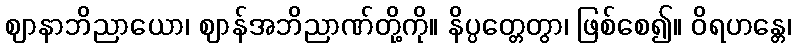
ဈာနာဘိညာယော၊ ဈာန်အဘိညာဏ်တို့ကို။ နိပ္ပတ္တေတွာ၊ ဖြစ်စေ၍။ ဝိရဟန္တေ၊